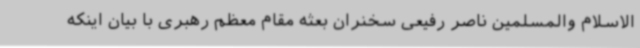
الاسلام والمسلمین ناصر رفیعی سخنران بعثه مقام معظم رهبری با بیان اینکه